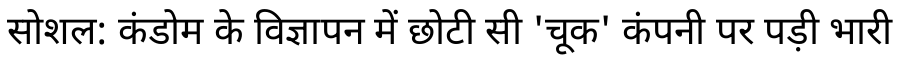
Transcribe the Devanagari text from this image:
सोशल: कंडोम के विज्ञापन में छोटी सी 'चूक' कंपनी पर पड़ी भारी